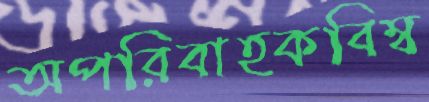
অপরিবাহকবিম্ব